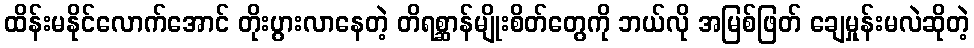
ထိန်းမနိုင်လောက်အောင် တိုးပွားလာနေတဲ့ တိရစ္ဆာန်မျိုးစိတ်တွေကို ဘယ်လို အမြစ်ဖြတ် ချေမှုန်းမလဲဆိုတဲ့